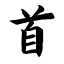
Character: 首